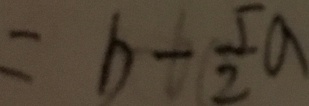
= b - \frac { 5 } { 2 } a